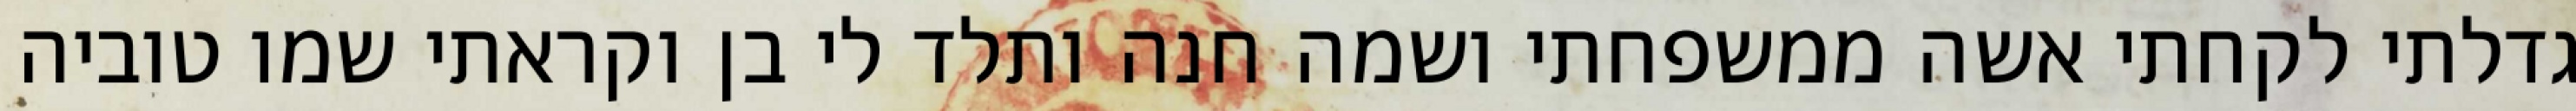
גדלתי לקחתי אשה ממשפחתי ושמה חנה ותלד לי בן וקראתי שמו טוביה